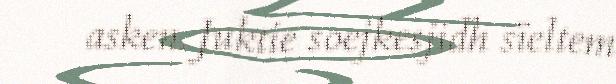
asken. Juktie soejkesjidh sïeltem